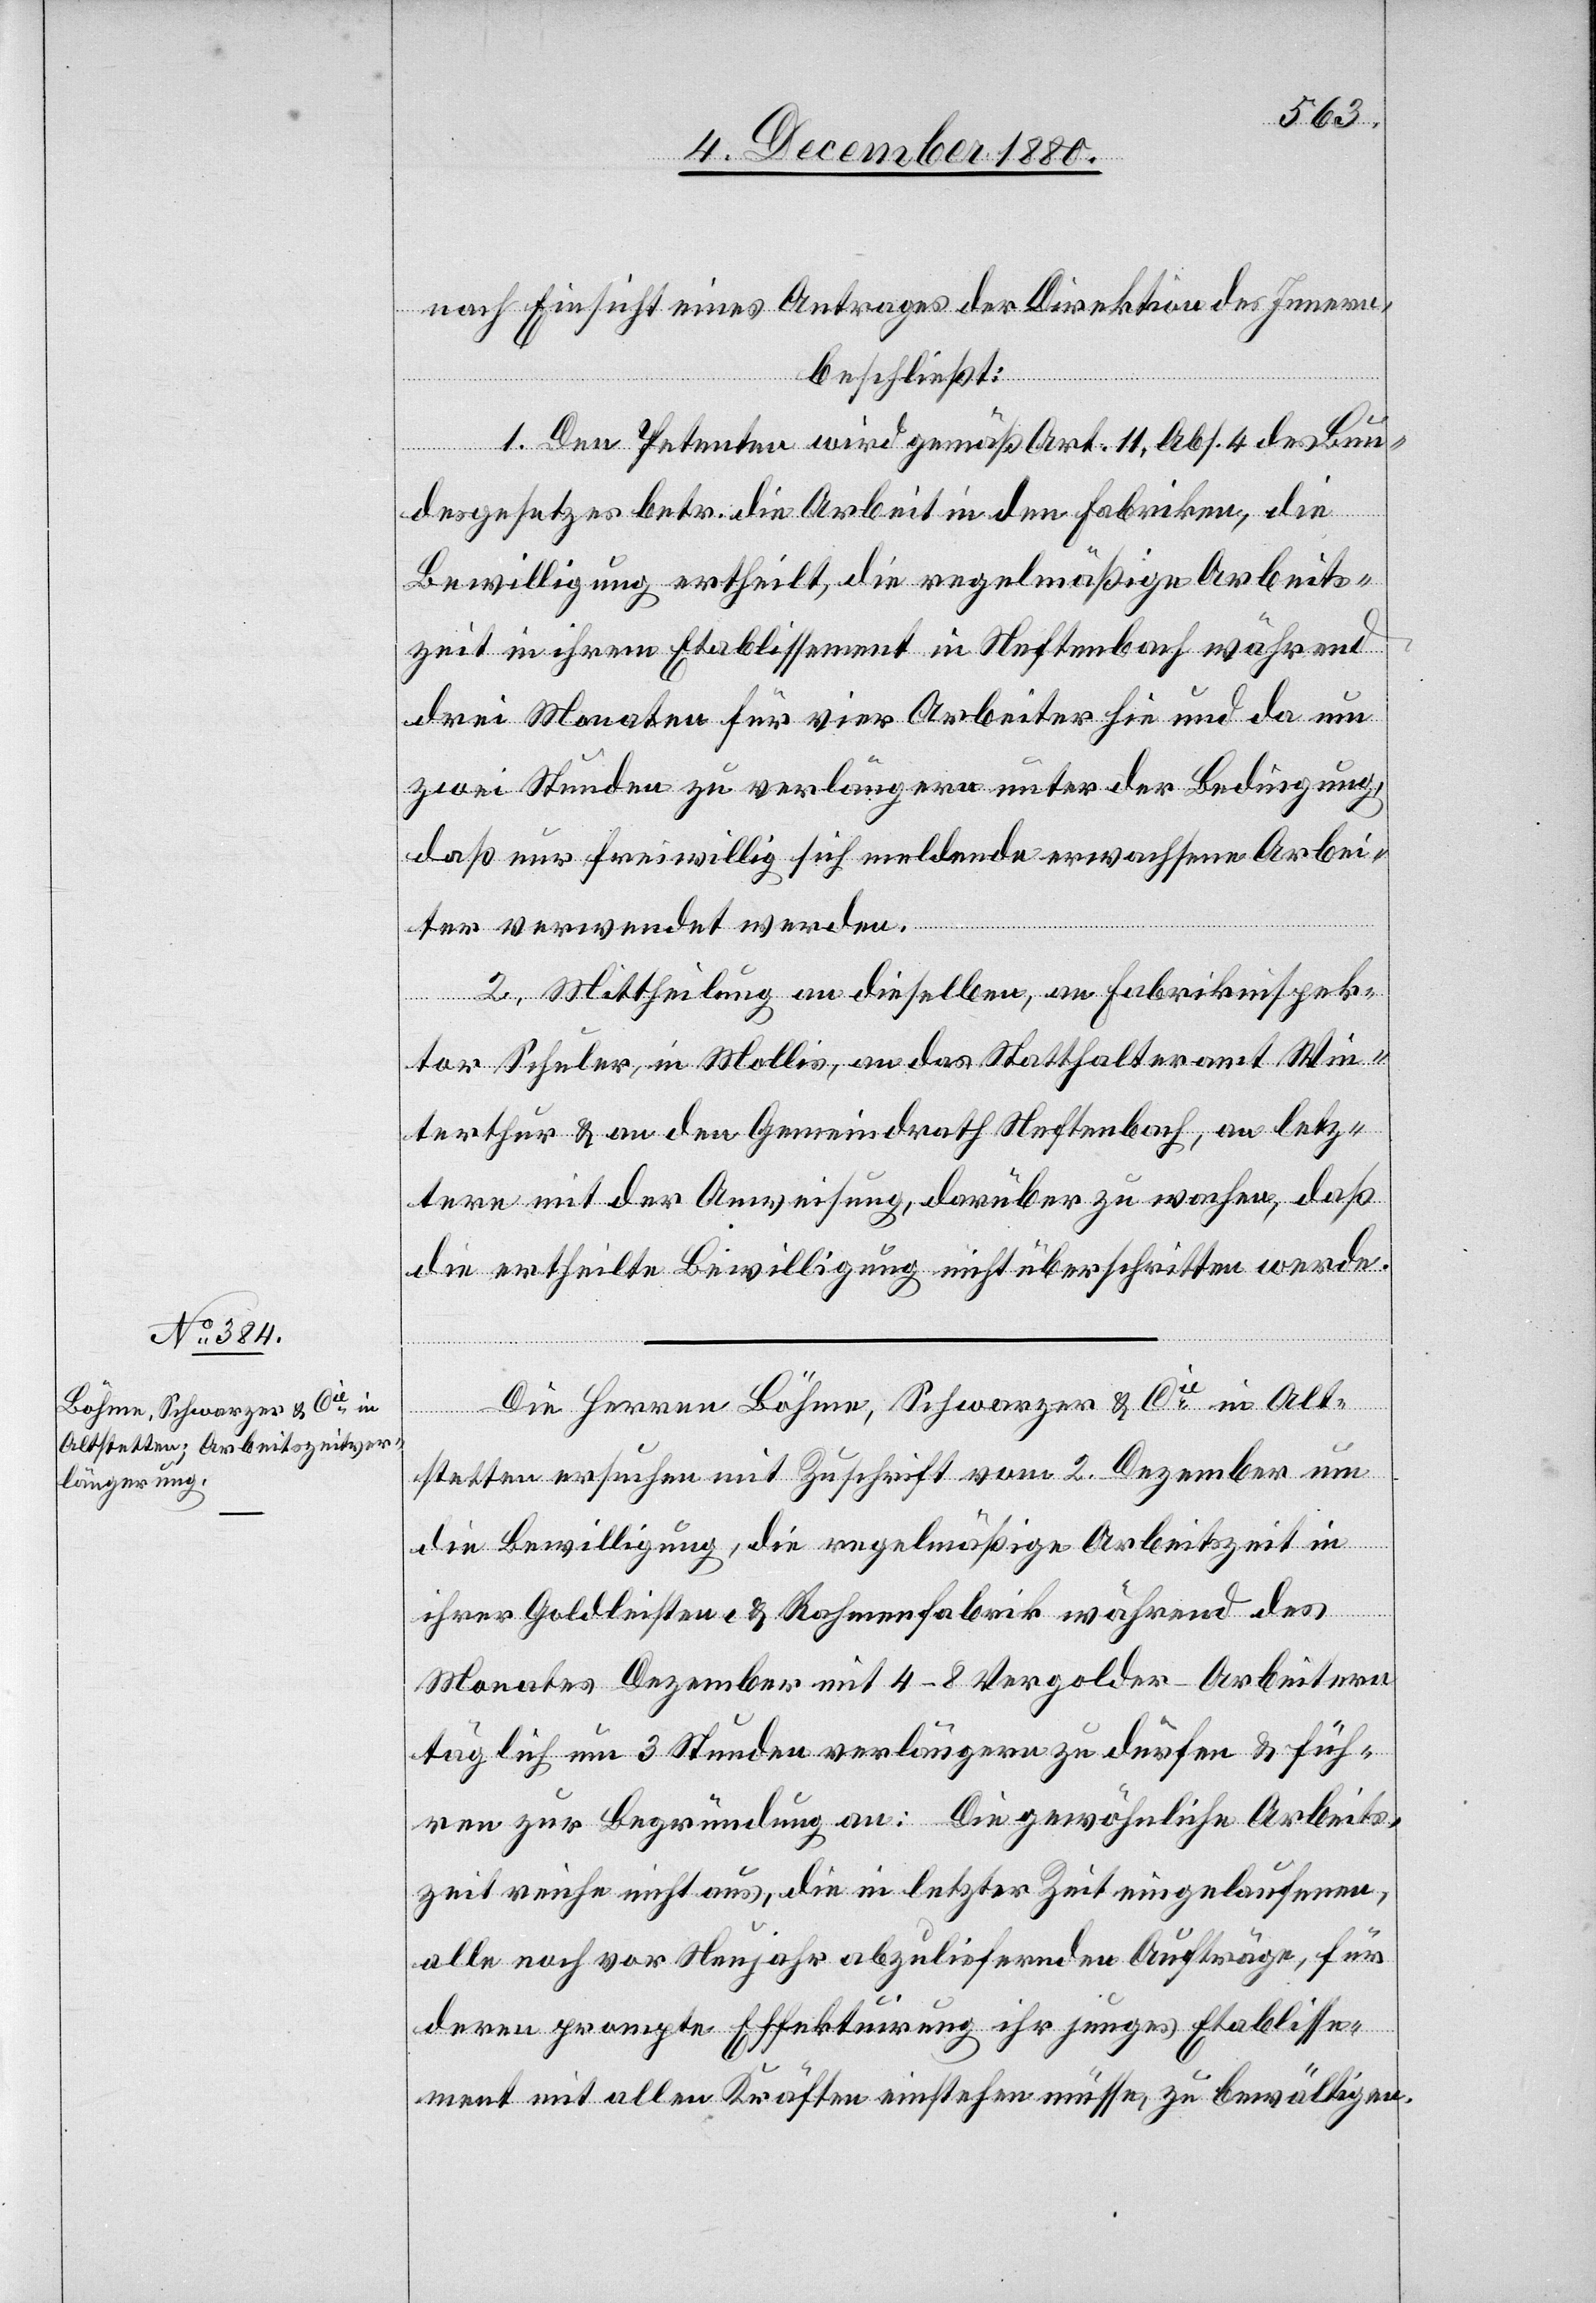
9. December 1880.]
nach Einsicht eines Antrages der Direktion des Innern,
beschließt:
1. Den Petenten wird gemäß Art. 11, Abs. 4 des Bun¬
desgesetzes betr. die Arbeit in den Fabriken, die
Bewilligung ertheilt, die regelmäßige Arbeits¬
zeit in ihrem Etablissement in Neftenbach während
drei Monaten für vier Arbeiter hie und da um
zwei Stunden zu verlängern unter der Bedingung,
daß nur freiwillig sich meldende erwachsene Arbei¬
ter verwendet werden.
2. Mittheilung an dieselben, an Fabrikinspek¬
tor Schuler, in Mollis, an das Statthalteramt Win¬
terthur & an den Gemeindrath Neftenbach, an letz¬
tere mit der Anweisung, darüber zu wachen, daß
die ertheilte Bewilligung nicht überschritten werde.
Die Herren Böhme, Schwarzer & Cie in Alt¬
stetten ersuchen mit Zuschrift vom 2. Dezember um
die Bewilligung, die regelmäßige Arbeitszeit in
ihrer Goldleisten- & Rahmenfabrik während des
Monates Dezember mit 4–8 Vergolder-Arbeitern
täglich um 3 Stunden verlängern zu dürfen & füh¬
ren zur Begründung an: Die gewöhnliche Arbeits¬
zeit reiche nicht aus, die in letzter Zeit eingelaufenen,
alle noch vor Neujahr abzuliefernden Aufträge, für
deren prompte Effektuirung ihr junges Etablisse¬
ment mit allen Kräften einstehen müsse, zu bewältigen.